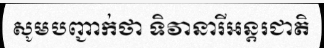
សូមបញ្ជាក់ថា ទិវានារីអន្តរជាតិ